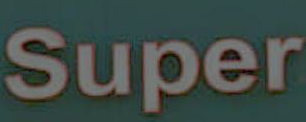
Super